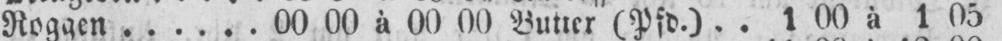
Roggen 00 00 à 00 00 Butter (Pfd.) 1 00 à 1 05